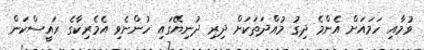
ވުމާއި ހަމައަށް އެންމެ ދިގު މުއްދަތަކަށް ދިރި ދުނިޔޭގައި ހުންނެވި އެމެރިކާގެ ރައީސްކަން